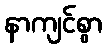
နာကျင်စွာ